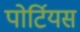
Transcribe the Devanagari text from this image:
पोर्टियस